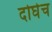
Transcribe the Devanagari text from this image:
दोघेच